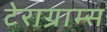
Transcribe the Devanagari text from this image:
टेराग्राम्स